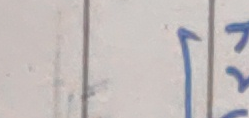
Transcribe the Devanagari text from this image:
१२